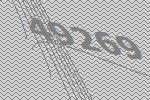
49269